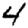
Digit: 4